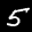
Label: 5